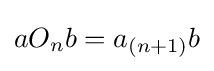
aO_{n}b=a_{(n+1)}b